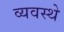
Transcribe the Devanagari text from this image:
व्यवस्थे